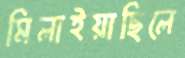
মিলাইয়াছিলে